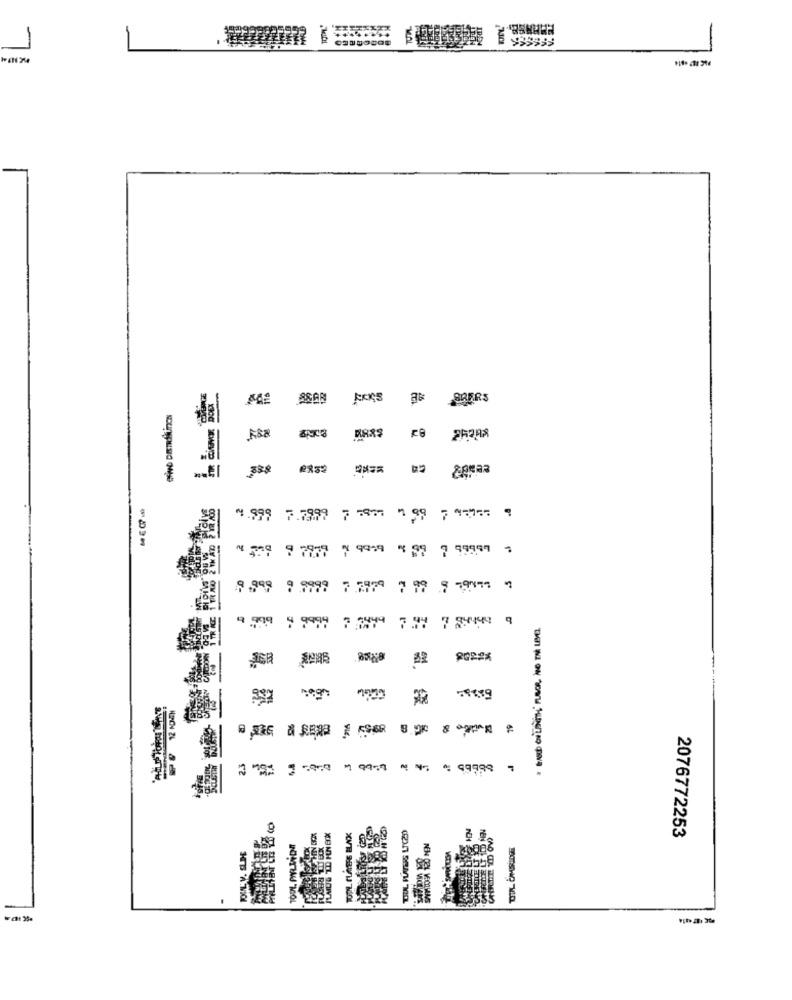
SRERS
4.999 7.7999 7 5977 1 99 7 %50 == 9
8.999 9 .9999 7 7979 7 99 9 19471 "
9.99 9997399 757 7 548 9
2022%
----------
2.3
1 9979 4 4, 4: 49998
2076772253